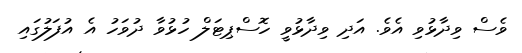
ވެސް ވިދާޅުވި އެވެ. އަދި ވިދާޅުވީ ހޮސްޕިޓަލް ހުޅުވާ ދުވަހު އެ އުފަލުގައި